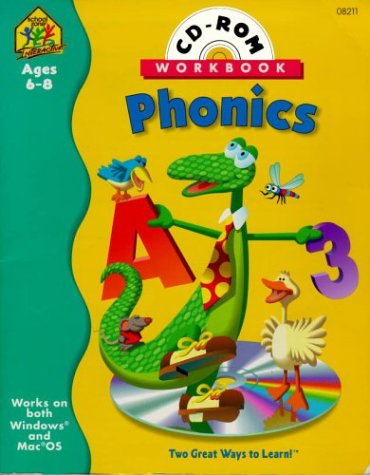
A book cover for Phonics Interactive Workbook with CDROM; Multimedia Zone Inc; Children's Books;